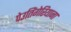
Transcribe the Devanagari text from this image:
पेउतिंगेरियाना